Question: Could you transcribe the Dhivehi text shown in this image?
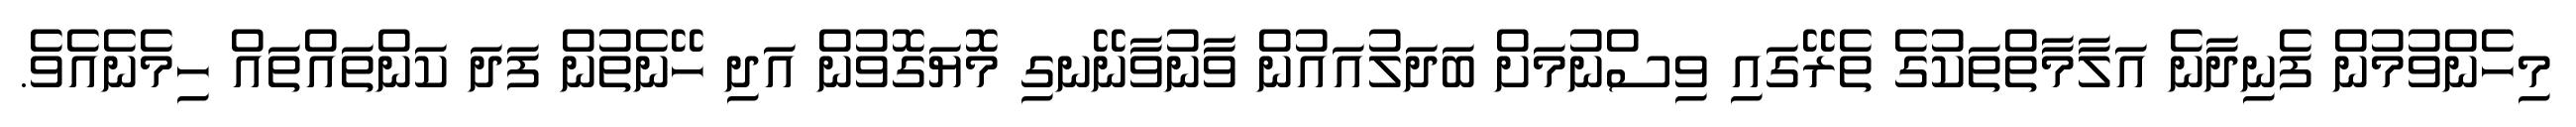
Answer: މިހެންވުމުން ފެނިދާނެ އަލާމާތްތަކުގެ ތެރޭގައި ވިސްނުމަށް ބަދަލުއައުން ވާނުވާނޭނގި މޮޔަގޮވުން އަދި ހޭނެތުން ފަދަ ކަންތައްތައް ހިމެނެއެވެ.